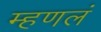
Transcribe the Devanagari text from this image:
म्हणलं